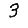
Digit: 3